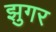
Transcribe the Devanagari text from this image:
झुगर